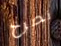
نصرخ